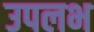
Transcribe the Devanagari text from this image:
उपलभ